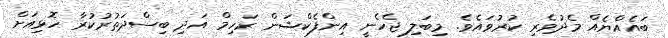
ބައެއްޔެއް މެދުވެރި ކުރުވައެވެ. މިބަލި ޖެހެނީ އިންފެކްޝަން ރަހިމް އަދި ބިސްދަތުރުކުރާ ހޮޅިއަށް